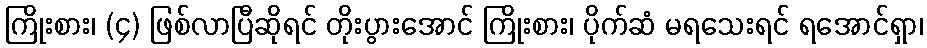
ကြိုးစား၊ (၄) ဖြစ်လာပြီဆိုရင် တိုးပွားအောင် ကြိုးစား၊ ပိုက်ဆံ မရသေးရင် ရအောင်ရှာ၊